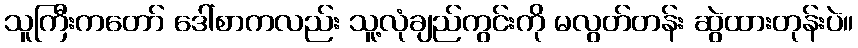
သူကြီးကတော် ဒေါ်စာကလည်း သူ့လုံချည်ကွင်းကို မလွတ်တန်း ဆွဲထားတုန်းပဲ။